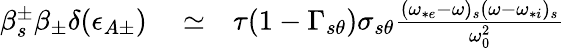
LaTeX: \begin{array}{rlr}{\beta_{s}^{\pm}\beta_{\pm}\delta(\epsilon_{A\pm})}&{{}\simeq}&{\tau(1-\Gamma_{s\theta})\sigma_{s\theta}\frac{(\omega_{*e}-\omega)_{s}(\omega-\omega_{*i})_{s}}{\omega_{0}^{2}}}\end{array}